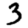
Digit: 3